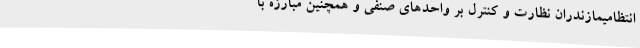
انتظامیمازندران نظارت و کنترل بر واحدهای صنفی و همچنین مبارزه با